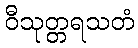
ဝီသုတ္တရသတံ